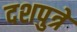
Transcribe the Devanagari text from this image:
दशपुत्रे